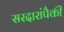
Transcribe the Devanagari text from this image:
सरदारांपैकी